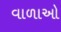
વાળાઓ